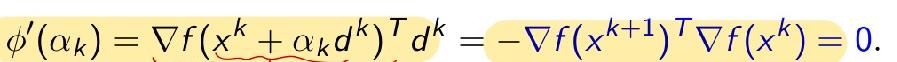
\[\phi^{\prime}(\alpha_{k})=\nabla f(x^{k}+\alpha_{k}d^{k})^{T}d^{k}=-\nabla f(x^{k + 1})^{T}\nabla f(x^{k}) = 0.\]